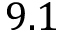
9 . 1